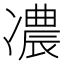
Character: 𠘊